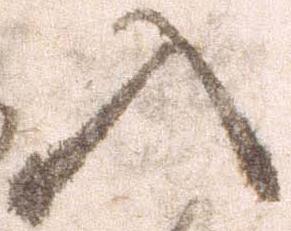
入